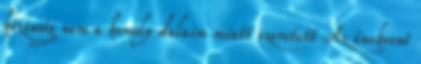
közönség nem a komoly dalaim miatt szeretett Az énekesnő